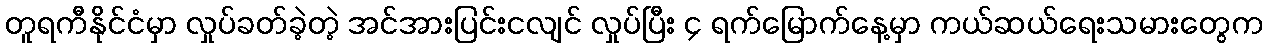
တူရကီနိုင်ငံမှာ လှုပ်ခတ်ခဲ့တဲ့ အင်အားပြင်းငလျင် လှုပ်ပြီး ၄ ရက်မြောက်နေ့မှာ ကယ်ဆယ်ရေးသမားတွေက